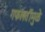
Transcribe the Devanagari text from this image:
गफलतींमुळे